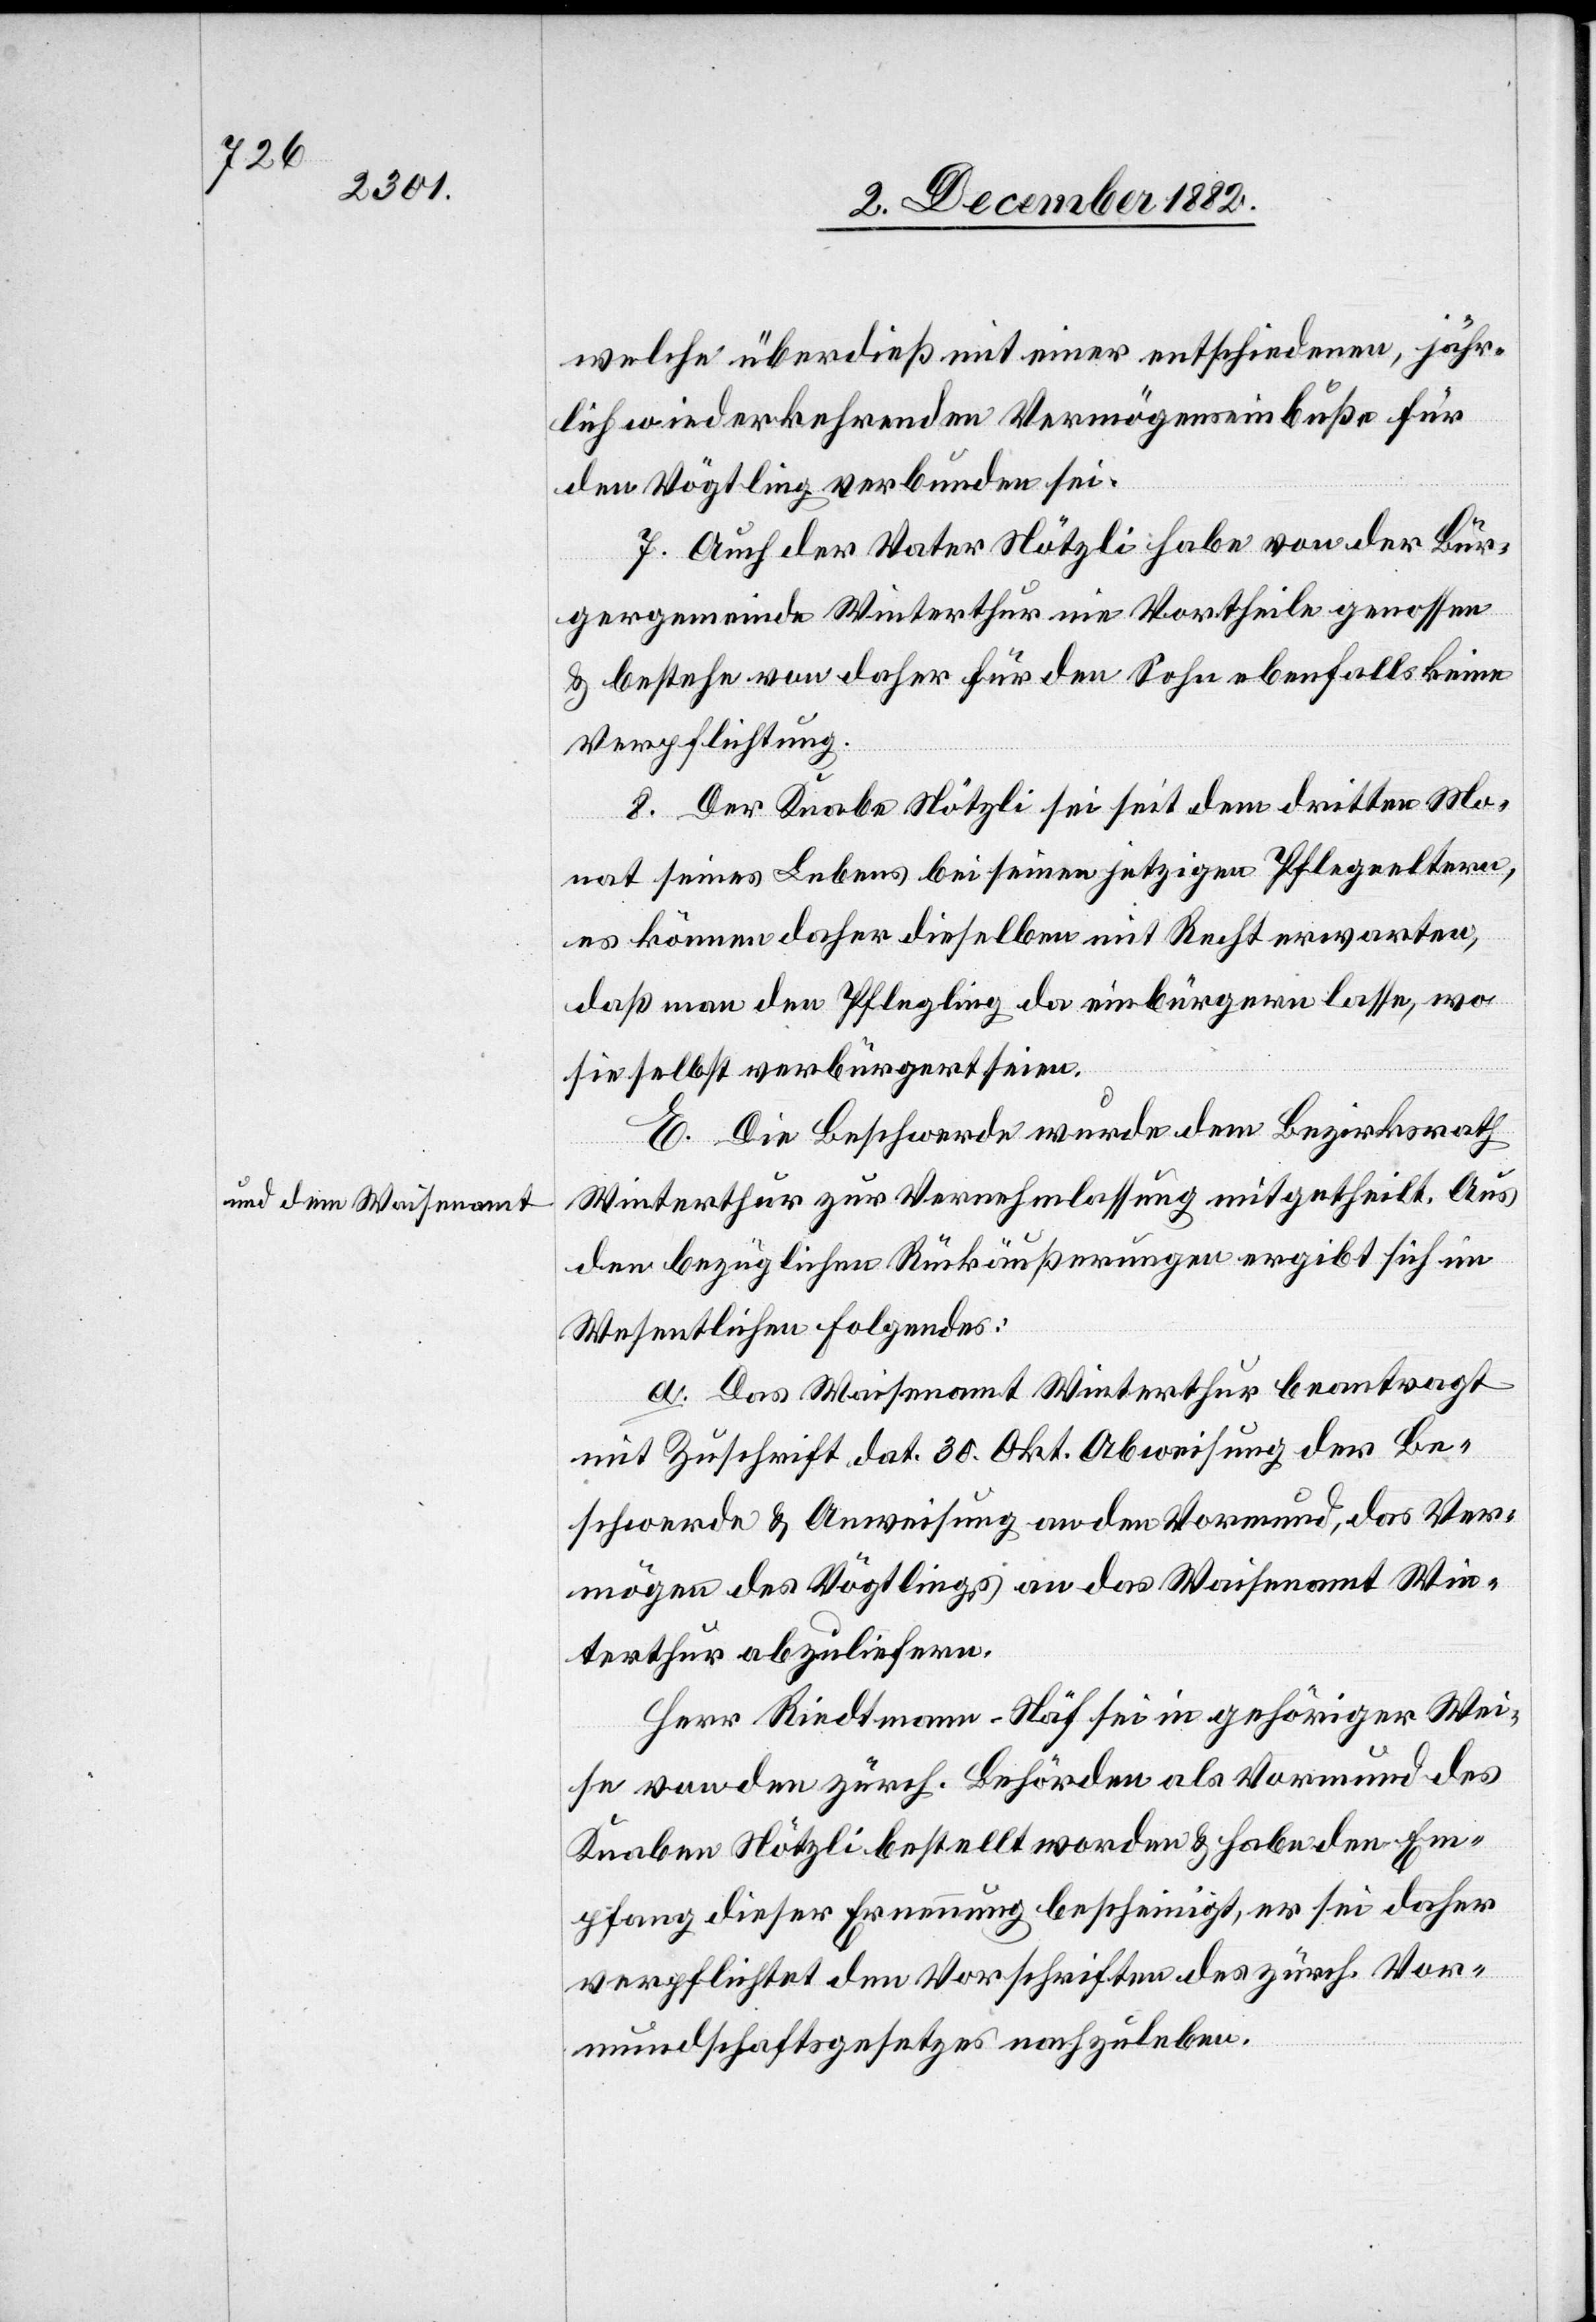
und dem Waisenamt

welche überdieß mit einer entschiedenen, jähr¬
lich wiederkehrenden Vermögenseinbuße für
den Vögtling verbunden sei.
7. Auch der Vater Nötzli habe von der Bür¬
gergemeinde Winterthur nie Vortheile genossen
& bestehe von daher für den Sohn ebenfalls keine
Verpflichtung.
8. Der Knabe Nötzli sei seit dem dritten Mo¬
nat seines Lebens bei seinen jetzigen Pflegeeltern,
es können daher dieselben mit Recht erwarten,
daß man den Pflegling da einbürgern lasse, wo
sie selbst verbürgert seien.
E. Die Beschwerde wurde dem Bezirksrath
Winterthur zur Vernehmlassung mitgetheilt. Aus
den bezüglichen Rückäußerungen ergibt sich im
Wesentlichen Folgendes:
a. Das Waisenamt Winterthur beantragt
mit Zuschrift dat. 30. Okt. Abweisung der Be¬
schwerde & Anweisung an den Vormund, das Ver¬
mögen des Vögtlings an das Waisenamt Win¬
terthur abzuliefern.
Herr Riedtmann-Näf sei in gehöriger Wei¬
se von den zürch. Behörden als Vormund des
Knaben Nötzli bestellt worden & habe den Em¬
pfang dieser Ernennung bescheinigt, er sei daher
verpflichtet den Vorschriften des zürch. Vor¬
mundschaftsgesetzes nachzuleben.